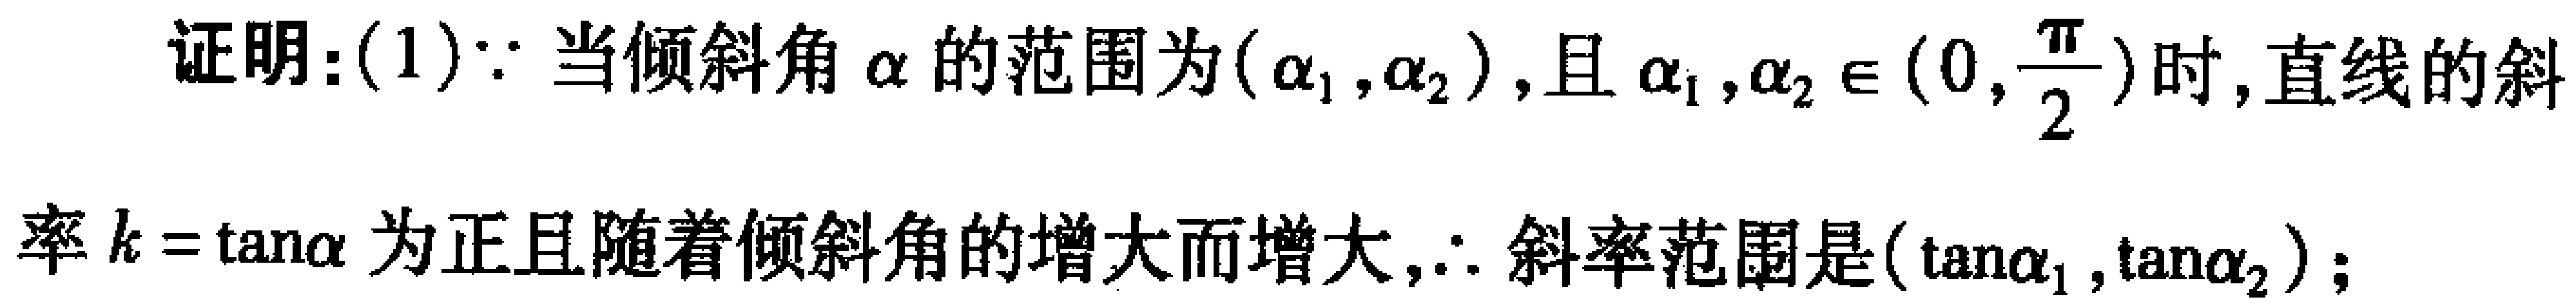
证明：(1)$\because$当倾斜角$\alpha$的范围为$(\alpha_1,\alpha_2)$，且$\alpha_1,\alpha_2\in(0,\frac{\pi}{2})$时，直线的斜
率$k = \tan\alpha$为正且随着倾斜角的增大而增大，$\therefore$斜率范围是$(\tan\alpha_1,\tan\alpha_2)$；